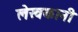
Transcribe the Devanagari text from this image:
लेखकानी